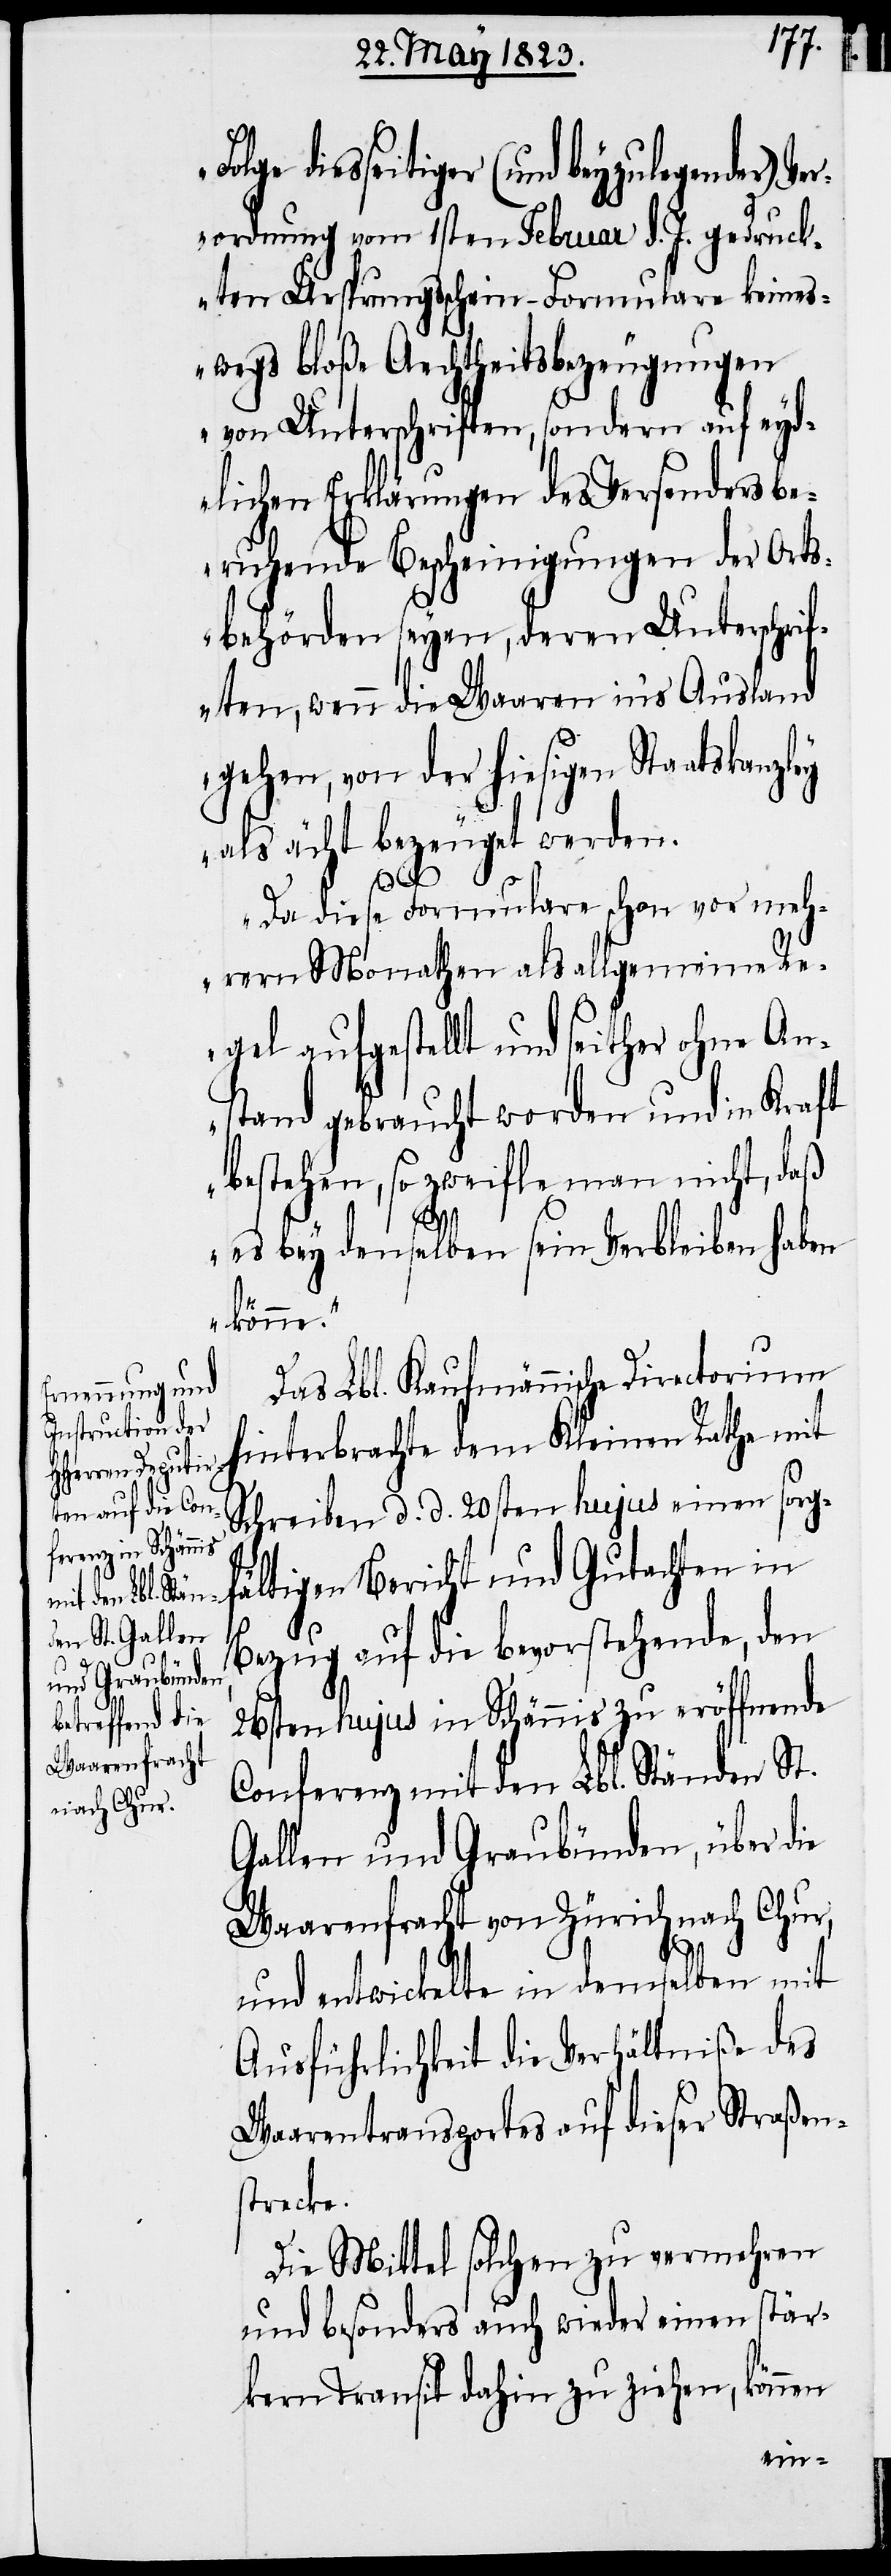
F¬

olge diesseitiger (und beyzulegender) V¬
erordnung vom 1sten Februar d. J. gedruck¬
ten Ursprungsschein-Formulare keines¬
wegs bloße Aechtheitsbezeugungen
von Unterschriften, sondern auf eyd¬
lichen Erklärungen des Versenders be¬
ruhende Bescheinigungen der Orts¬
behörden seyen, deren Unterschri¬
ften, wenn die Waaren in’s Ausland
gehen, von der hiesigen Staatskanzl¬
ey als ächt bezeuget werden.
Da diese Formulare schon vor meh¬
rern Monathen als allgemeine Re¬
gel aufgestellt und seither ohne An¬
stand gebraucht worden und in Kraft
bestehen, so zweifle man nicht, daß
es bey denselben sein Verbleiben haben
könne.“
Das Lbl. Kaufmännische Directorium
hinterbrachte dem Kleinen Rathe mit
Schreiben d. d. 20sten hujus einen sorg¬
fältigen Bericht und Gutachten in
Bezug auf die bevorstehende, den
26sten hujus in Schännis zu eröffnende
Conferenz mit den Lbl. Ständen St.
Gallen und Graubünden, über die
Waarenfracht von Zürich nach Chur,
und entwickelte in demselben mit
Ausführlichkeit die Verhältniße des
Waarentransportes auf dieser Straßen¬
strecke.
Die Mittel solchen zu vermehren
und besonders auch wieder einen stär¬
kern Transit dahin zu ziehen, können